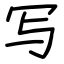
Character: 写